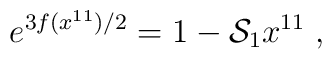
e^{3f(x^{11})/2} = 1-{\cal S}_1 x^{11} \; ,